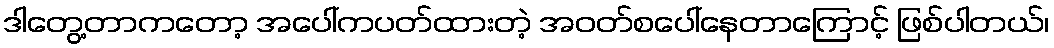
ဒါတွေ့တာကတော့ အပေါ်ကပတ်ထားတဲ့ အဝတ်စပေါ်နေတာကြောင့် ဖြစ်ပါတယ်၊